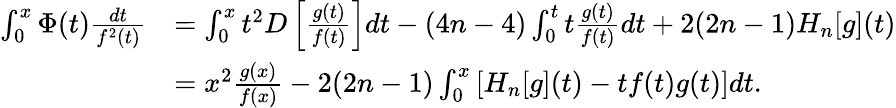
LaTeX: \begin{array}{rl}{\int_{0}^{x}\Phi(t)\frac{dt}{f^{2}(t)}}&{=\int_{0}^{x}t^{2}D\left[\frac{g(t)}{f(t)}\right]dt-(4n-4)\int_{0}^{t}t\frac{g(t)}{f(t)}dt+2(2n-1)H_{n}[g](t)}\\ &{=x^{2}\frac{g(x)}{f(x)}-2(2n-1)\int_{0}^{x}\left[H_{n}[g](t)-tf(t)g(t)\right]dt.}\end{array}